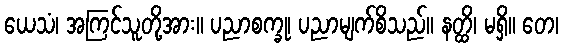
ယေသံ၊ အကြင်သူတို့အား။ ပညာစက္ခု၊ ပညာမျက်စိသည်။ နတ္ထိ၊ မရှိ။ တေ၊